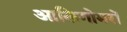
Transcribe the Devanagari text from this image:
आलिगोमरों